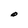
Character: O